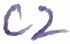
Text: C2